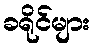
ခရိုင်များ